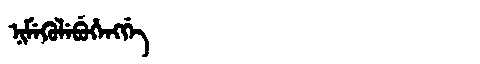
Manchu: ᠨᡳᠮᡝᡴᡠᠯᡝᠪᡠᡥᡝᠩᡤᡝ
Romanization: NIMEKULEBUHENGGE